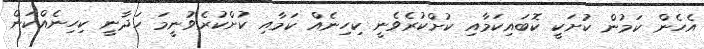
އެހެން ކަމުން ކުށަކީ ކޮބައިކަމާއި ކުށްކުރެވެނީ ކިހިނެއް ކަމާއި ކުށްކުރެވުނީމަ ހަދާނީ ކިހިނެއްކަން